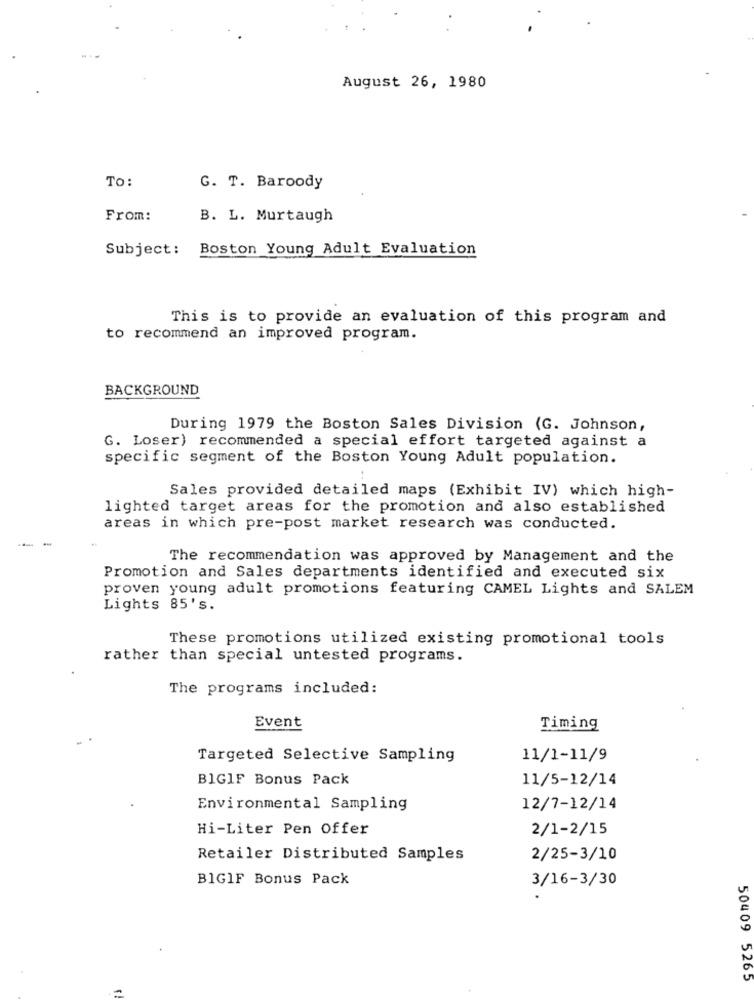
August 26, 1980
To:
G. T. Baroody
From:
B. L. Murtaugh
Subject:
Boston Young Adult Evaluation
This is to provide an evaluation of this program and
to recommend an improved program.
BACKGROUND
During 1979 the Boston Sales Division (G. Johnson,
G. Loser) recommended a special effort targeted against a
specific segment of the Boston Young Adult population.
Sales provided detailed maps (Exhibit IV) which high-
lighted target areas for the promotion and also established
areas in which pre-post market research was conducted.
The recommendation was approved by Management and the
Promotion and Sales departments identified and executed six
proven young adult promotions featuring CAMEL Lights and SALEM
Lights 85's.
These promotions utilized existing promotional tools
rather than special untested programs.
The programs included:
Event
Timing
Targeted Selective Sampling
11/1-11/9
BIGIF Bonus Pack
11/5-12/14
Environmental Sampling
12/7-12/14
Hi-Liter Pen Offer
2/1-2/15
Retailer Distributed Samples
2/25-3/10
BIGIF Bonus Pack
3/16-3/30
50409 5265